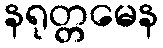
နရုတ္တမေန